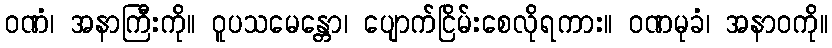
ဝဏံ၊ အနာကြီးကို။ ဝူပသမေန္တော၊ ပျောက်ငြိမ်းစေလိုရကား။ ဝဏမုခံ၊ အနာဝကို။